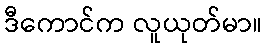
ဒီကောင်က လူယုတ်မာ။